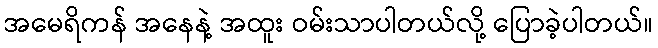
အမေရိကန် အနေနဲ့ အထူး ဝမ်းသာပါတယ်လို့ ပြောခဲ့ပါတယ်။